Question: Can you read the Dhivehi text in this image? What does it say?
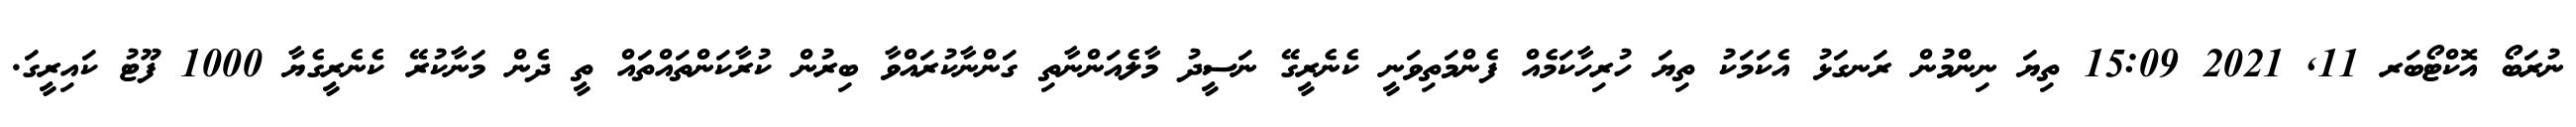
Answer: ނުރަބޯ އޮކްޓޯބަރ 11, 2021 15:09 ތިޔަ ނިންމުން ރަނގަޅު އެކަމަކު ތިޔަ ހުރިހާކަމެއް ފެންމަތިވަނީ ކެނެރީގޭ ނަސީދު މާލެއަންނާތި ގަންނާކުރައްވާ ބިރުން ކުރާކަންތައްތައް ތީ ދެން މަނާކުރޭ ކެނެރީގެޔާ 1000 ފޫޓު ކައިރީގަ.